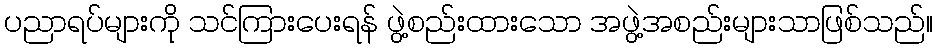
ပညာရပ်များကို သင်ကြားပေးရန် ဖွဲ့စည်းထားသော အဖွဲ့အစည်းများသာဖြစ်သည်။